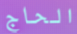
الحاج